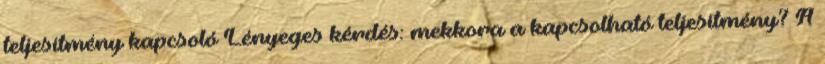
teljesítmény kapcsoló Lényeges kérdés: mekkora a kapcsolható teljesítmény? A